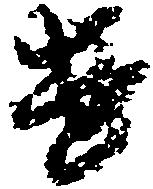
遣